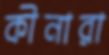
কীনারা